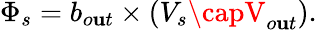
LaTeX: \Phi_{s}=b_{o\mathbf{u}t}\times(V_{s}\capV_{o\mathbf{u}t}).